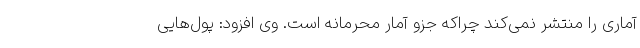
آماری را منتشر نمی‌کند چراکه جزو آمار محرمانه است. وی افزود: پول‌هایی